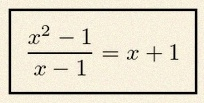
\frac{x^2-1}{x-1}=x+1